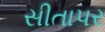
સીતાપર